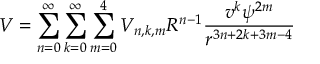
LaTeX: V = \sum _ { n = 0 } ^ { \infty } \sum _ { k = 0 } ^ { \infty } \sum _ { m = 0 } ^ { 4 } V _ { n , k , m } R ^ { n - 1 } \frac { v ^ { k } \psi ^ { 2 m } } { r ^ { 3 n + 2 k + 3 m - 4 } }